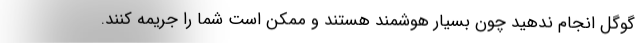
گوگل انجام ندهید چون بسیار هوشمند هستند و ممکن است شما را جریمه کنند.